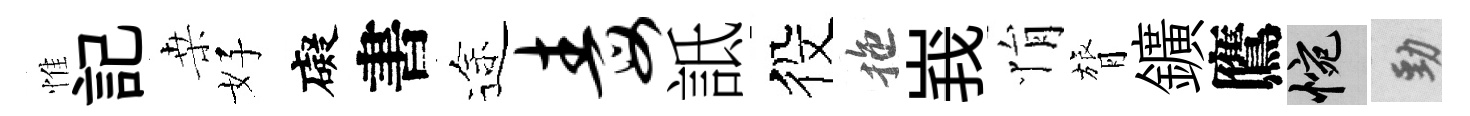
惟記桒好礙書途毒詆役拖峩悁膂鑛鷹惋勁